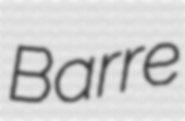
Barre